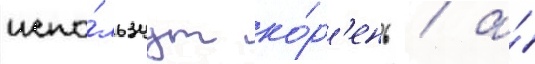
испо́льзуут ко́р'ень / а́